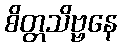
စိတ္တသိဗ္ဗနေ